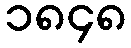
၁၈၄၈